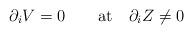
LaTeX: \begin{align*}\partial _i V = 0 \qquad {\rm at} \quad \partial _i Z \neq 0\end{align*}